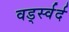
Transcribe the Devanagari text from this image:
वर्ड्स्वर्द